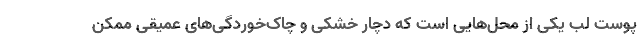
پوست لب­ یکی از محل­هایی است که دچار خشکی و چاک­خوردگی­های عمیقی ممکن